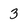
Character: 3